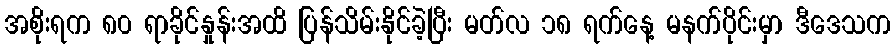
အစိုးရက ၈၀ ရာခိုင်နှုန်းအထိ ပြန်သိမ်းနိုင်ခဲ့ပြီး မတ်လ ၁၈ ရက်နေ့ မနက်ပိုင်းမှာ ဒီဒေသက